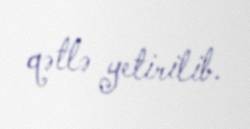
qətlə yetirilib.